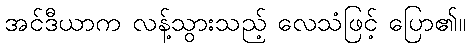
အင်ဒီယာက လန့်သွားသည့် လေသံဖြင့် ပြော၏။